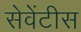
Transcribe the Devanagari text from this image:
सेवेंटीस